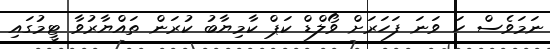
ނަމަވެސް ހަ ވަނަ ފަހަރަށް ވޯލްޑް ކަޕް ކާމިޔާބު ކުރަން ތައްޔާރުވާ ޓީމުގައި